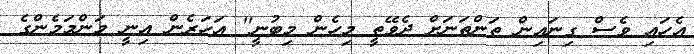
އެހައި ވެސް ގިނައިން ތަންތަނަށް ދެވޭތީ މިހެން މިބުނީ'' އަހަރެން އިނީ މަންމަމެންގެ